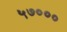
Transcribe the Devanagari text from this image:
५७०००